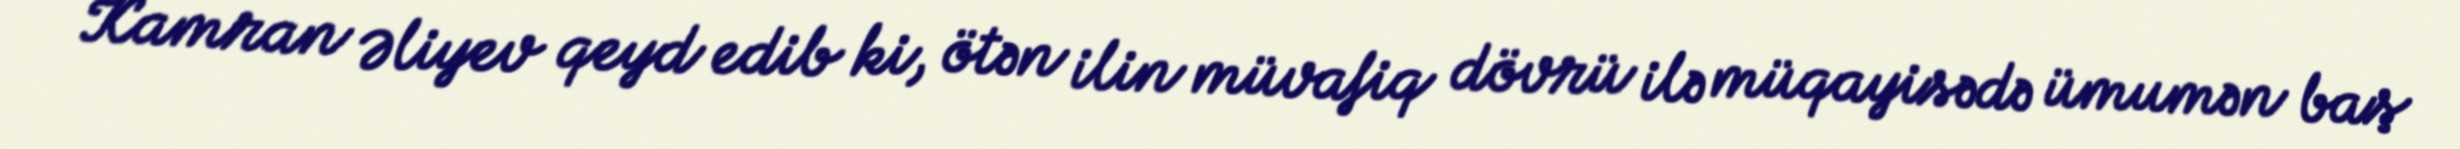
Kamran Əliyev qeyd edib ki, ötən ilin müvafiq dövrü ilə müqayisədə ümumən baş